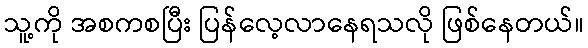
သူ့ကို အစကစပြီး ပြန်လေ့လာနေရသလို ဖြစ်နေတယ်။